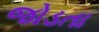
જોડતા